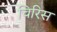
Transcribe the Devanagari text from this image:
चिरिस